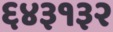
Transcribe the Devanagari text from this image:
६४३१३२